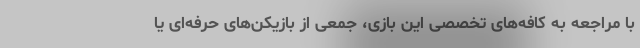
با مراجعه به کافه‌های تخصصی این بازی، جمعی از بازیکن‌های حرفه‌ای یا